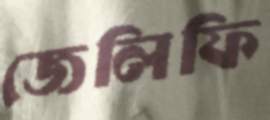
জেলিফি